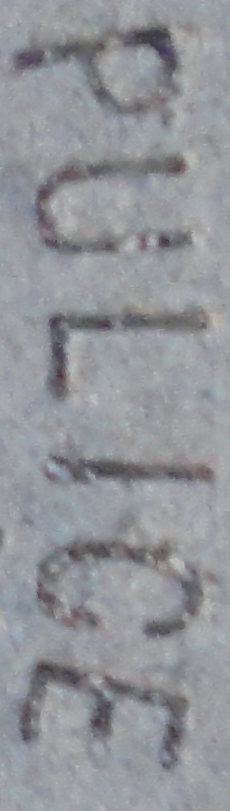
PULICE